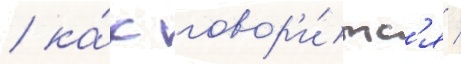
/ ка́к говор'и́тс'я /